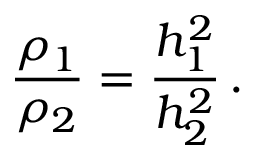
\frac { \rho _ { 1 } } { \rho _ { 2 } } = \frac { h _ { 1 } ^ { 2 } } { h _ { 2 } ^ { 2 } } \, .